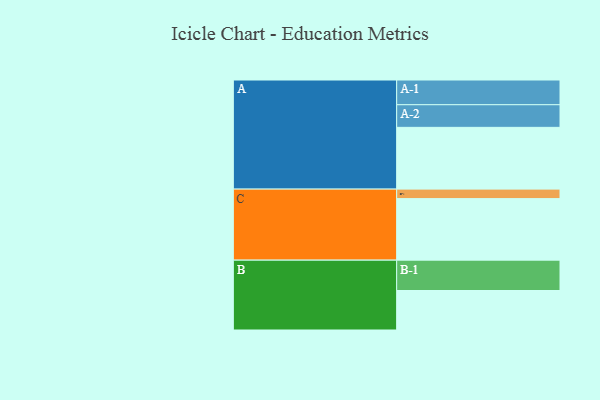
{"axis": {"x": "Segment", "y": "Value"}, "legend": ["", "A", "B", "C"], "data": [{"x": "A", "y": 527, "type": ""}, {"x": "B", "y": 337, "type": ""}, {"x": "C", "y": 525, "type": ""}, {"x": "A-1", "y": 211, "type": "A"}, {"x": "A-2", "y": 193, "type": "A"}, {"x": "B-1", "y": 259, "type": "B"}, {"x": "C-1", "y": 81, "type": "C"}]}